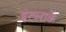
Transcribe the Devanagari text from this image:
इख्लाके